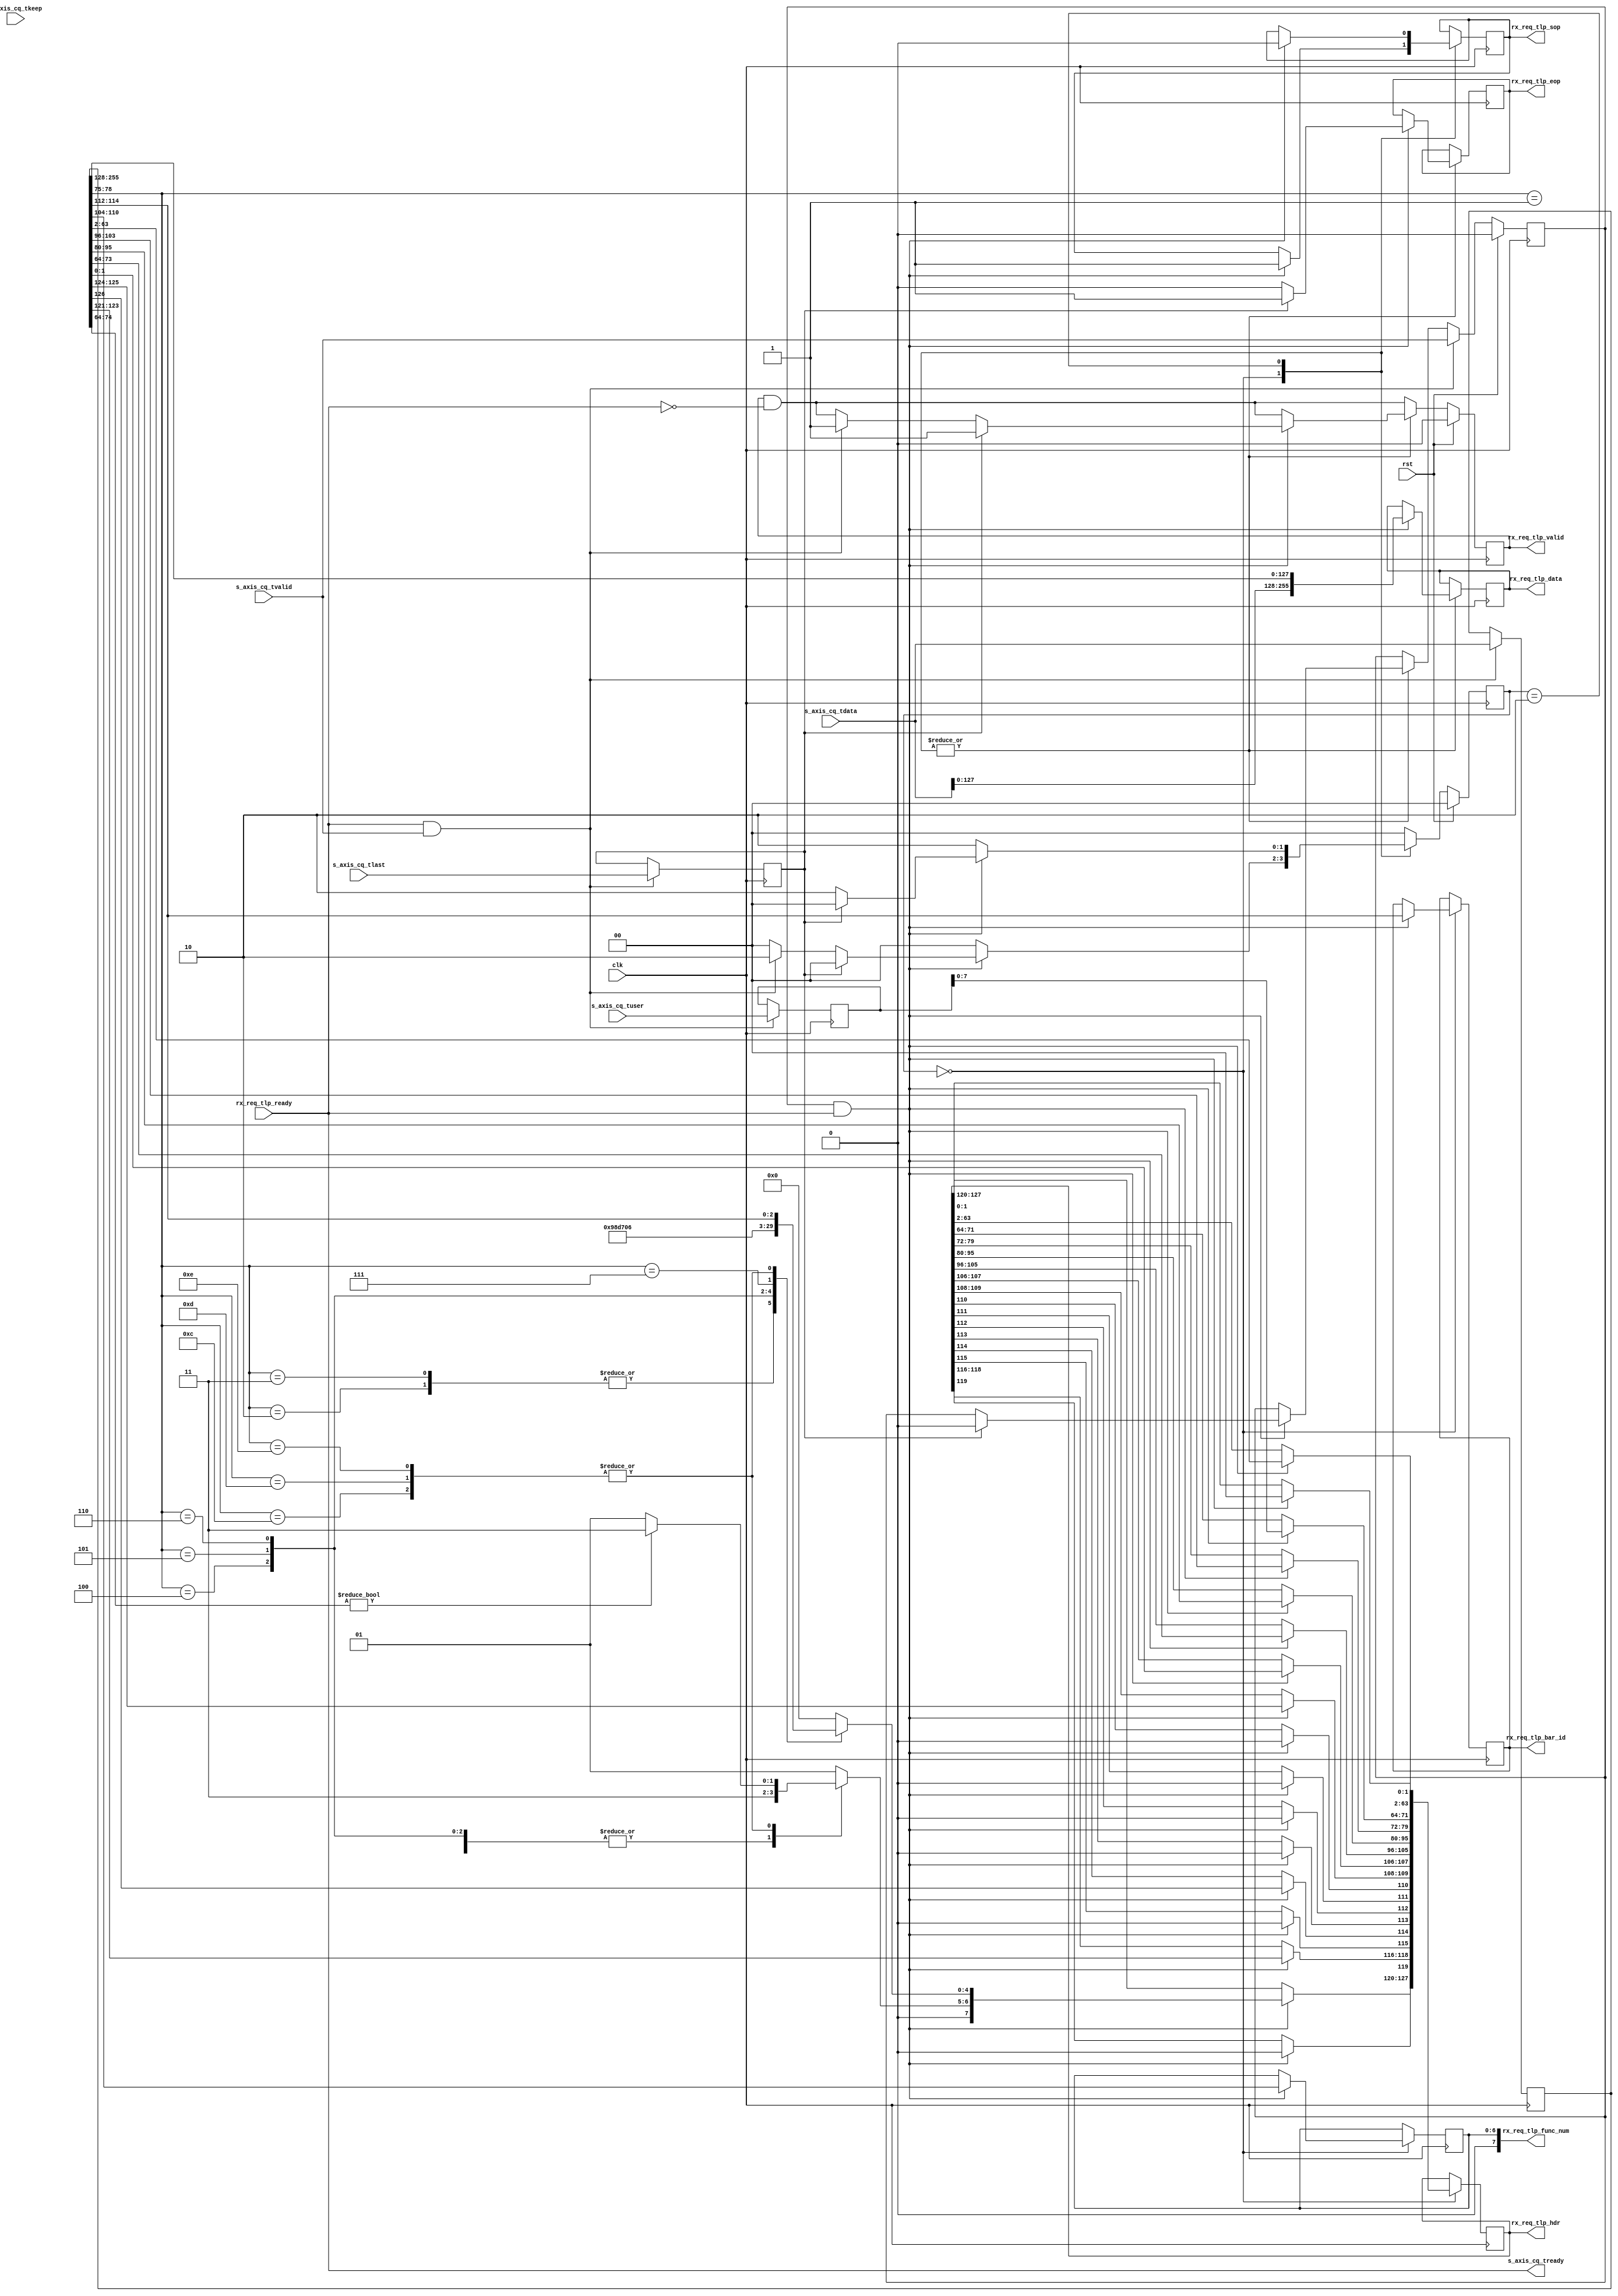
/*

Copyright (c) 2021 Alex Forencich

Permission is hereby granted, free of charge, to any person obtaining a copy
of this software and associated documentation files (the "Software"), to deal
in the Software without restriction, including without limitation the rights
to use, copy, modify, merge, publish, distribute, sublicense, and/or sell
copies of the Software, and to permit persons to whom the Software is
furnished to do so, subject to the following conditions:

The above copyright notice and this permission notice shall be included in
all copies or substantial portions of the Software.

THE SOFTWARE IS PROVIDED "AS IS", WITHOUT WARRANTY OF ANY KIND, EXPRESS OR
IMPLIED, INCLUDING BUT NOT LIMITED TO THE WARRANTIES OF MERCHANTABILITY
FITNESS FOR A PARTICULAR PURPOSE AND NONINFRINGEMENT. IN NO EVENT SHALL THE
AUTHORS OR COPYRIGHT HOLDERS BE LIABLE FOR ANY CLAIM, DAMAGES OR OTHER
LIABILITY, WHETHER IN AN ACTION OF CONTRACT, TORT OR OTHERWISE, ARISING FROM,
OUT OF OR IN CONNECTION WITH THE SOFTWARE OR THE USE OR OTHER DEALINGS IN
THE SOFTWARE.

*/

// Language: Verilog 2001

`resetall
`timescale 1ns / 1ps
`default_nettype none

/*
 * Xilinx UltraScale PCIe interface adapter (Completer reQuest)
 */
module pcie_us_if_cq #
(
    // Width of PCIe AXI stream interfaces in bits
    parameter AXIS_PCIE_DATA_WIDTH = 256,
    // PCIe AXI stream tkeep signal width (words per cycle)
    parameter AXIS_PCIE_KEEP_WIDTH = (AXIS_PCIE_DATA_WIDTH/32),
    // PCIe AXI stream CQ tuser signal width
    parameter AXIS_PCIE_CQ_USER_WIDTH = AXIS_PCIE_DATA_WIDTH < 512 ? 85 : 183,
    // TLP segment count
    parameter TLP_SEG_COUNT = 1,
    // TLP segment data width
    parameter TLP_SEG_DATA_WIDTH = AXIS_PCIE_DATA_WIDTH/TLP_SEG_COUNT,
    // TLP segment strobe width
    parameter TLP_SEG_STRB_WIDTH = TLP_SEG_DATA_WIDTH/32,
    // TLP segment header width
    parameter TLP_SEG_HDR_WIDTH = 128
)
(
    input  wire                                         clk,
    input  wire                                         rst,

    /*
     * AXI input (CQ)
     */
    input  wire [AXIS_PCIE_DATA_WIDTH-1:0]              s_axis_cq_tdata,
    input  wire [AXIS_PCIE_KEEP_WIDTH-1:0]              s_axis_cq_tkeep,
    input  wire                                         s_axis_cq_tvalid,
    output wire                                         s_axis_cq_tready,
    input  wire                                         s_axis_cq_tlast,
    input  wire [AXIS_PCIE_CQ_USER_WIDTH-1:0]           s_axis_cq_tuser,

    /*
     * TLP output (request to BAR)
     */
    output wire [TLP_SEG_COUNT*TLP_SEG_DATA_WIDTH-1:0]  rx_req_tlp_data,
    output wire [TLP_SEG_COUNT*TLP_SEG_HDR_WIDTH-1:0]   rx_req_tlp_hdr,
    output wire [TLP_SEG_COUNT*3-1:0]                   rx_req_tlp_bar_id,
    output wire [TLP_SEG_COUNT*8-1:0]                   rx_req_tlp_func_num,
    output wire [TLP_SEG_COUNT-1:0]                     rx_req_tlp_valid,
    output wire [TLP_SEG_COUNT-1:0]                     rx_req_tlp_sop,
    output wire [TLP_SEG_COUNT-1:0]                     rx_req_tlp_eop,
    input  wire                                         rx_req_tlp_ready
);

parameter TLP_DATA_WIDTH = TLP_SEG_COUNT*TLP_SEG_DATA_WIDTH;
parameter TLP_STRB_WIDTH = TLP_SEG_COUNT*TLP_SEG_STRB_WIDTH;
parameter TLP_DATA_WIDTH_BYTES = TLP_DATA_WIDTH/8;
parameter TLP_DATA_WIDTH_DWORDS = TLP_DATA_WIDTH/32;

parameter OUTPUT_FIFO_ADDR_WIDTH = 5;

// bus width assertions
initial begin
    if (AXIS_PCIE_DATA_WIDTH != 64 && AXIS_PCIE_DATA_WIDTH != 128 && AXIS_PCIE_DATA_WIDTH != 256 && AXIS_PCIE_DATA_WIDTH != 512) begin
        $error("Error: PCIe interface width must be 64, 128, 256, or 512 (instance %m)");
        $finish;
    end

    if (AXIS_PCIE_KEEP_WIDTH * 32 != AXIS_PCIE_DATA_WIDTH) begin
        $error("Error: PCIe interface requires dword (32-bit) granularity (instance %m)");
        $finish;
    end

    if (AXIS_PCIE_DATA_WIDTH == 512) begin
        if (AXIS_PCIE_CQ_USER_WIDTH != 183) begin
            $error("Error: PCIe CQ tuser width must be 183 (instance %m)");
            $finish;
        end
    end else begin
        if (AXIS_PCIE_CQ_USER_WIDTH != 85 && AXIS_PCIE_CQ_USER_WIDTH != 88) begin
            $error("Error: PCIe CQ tuser width must be 85 or 88 (instance %m)");
            $finish;
        end
    end

    if (TLP_SEG_COUNT != 1) begin
        $error("Error: TLP segment count must be 1 (instance %m)");
        $finish;
    end

    if (TLP_SEG_COUNT*TLP_SEG_DATA_WIDTH != AXIS_PCIE_DATA_WIDTH) begin
        $error("Error: Interface widths must match (instance %m)");
        $finish;
    end

    if (TLP_SEG_HDR_WIDTH != 128) begin
        $error("Error: TLP segment header width must be 128 (instance %m)");
        $finish;
    end
end

localparam [2:0]
    TLP_FMT_3DW = 3'b000,
    TLP_FMT_4DW = 3'b001,
    TLP_FMT_3DW_DATA = 3'b010,
    TLP_FMT_4DW_DATA = 3'b011,
    TLP_FMT_PREFIX = 3'b100;

localparam [3:0]
    REQ_MEM_READ = 4'b0000,
    REQ_MEM_WRITE = 4'b0001,
    REQ_IO_READ = 4'b0010,
    REQ_IO_WRITE = 4'b0011,
    REQ_MEM_FETCH_ADD = 4'b0100,
    REQ_MEM_SWAP = 4'b0101,
    REQ_MEM_CAS = 4'b0110,
    REQ_MEM_READ_LOCKED = 4'b0111,
    REQ_CFG_READ_0 = 4'b1000,
    REQ_CFG_READ_1 = 4'b1001,
    REQ_CFG_WRITE_0 = 4'b1010,
    REQ_CFG_WRITE_1 = 4'b1011,
    REQ_MSG = 4'b1100,
    REQ_MSG_VENDOR = 4'b1101,
    REQ_MSG_ATS = 4'b1110;

reg [TLP_SEG_COUNT*TLP_SEG_DATA_WIDTH-1:0] rx_req_tlp_data_reg = 0, rx_req_tlp_data_next;
reg [TLP_SEG_COUNT*TLP_SEG_HDR_WIDTH-1:0] rx_req_tlp_hdr_reg = 0, rx_req_tlp_hdr_next;
reg [TLP_SEG_COUNT*3-1:0] rx_req_tlp_bar_id_reg = 0, rx_req_tlp_bar_id_next;
reg [TLP_SEG_COUNT*7-1:0] rx_req_tlp_func_num_reg = 0, rx_req_tlp_func_num_next;
reg [TLP_SEG_COUNT-1:0] rx_req_tlp_valid_reg = 0, rx_req_tlp_valid_next;
reg [TLP_SEG_COUNT-1:0] rx_req_tlp_sop_reg = 0, rx_req_tlp_sop_next;
reg [TLP_SEG_COUNT-1:0] rx_req_tlp_eop_reg = 0, rx_req_tlp_eop_next;

assign rx_req_tlp_data = rx_req_tlp_data_reg;
assign rx_req_tlp_hdr = rx_req_tlp_hdr_reg;
assign rx_req_tlp_bar_id = rx_req_tlp_bar_id_reg;
assign rx_req_tlp_func_num = rx_req_tlp_func_num_reg;
assign rx_req_tlp_valid = rx_req_tlp_valid_reg;
assign rx_req_tlp_sop = rx_req_tlp_sop_reg;
assign rx_req_tlp_eop = rx_req_tlp_eop_reg;

localparam [1:0]
    TLP_INPUT_STATE_IDLE = 2'd0,
    TLP_INPUT_STATE_HEADER = 2'd1,
    TLP_INPUT_STATE_PAYLOAD = 2'd2;

reg [1:0] tlp_input_state_reg = TLP_INPUT_STATE_IDLE, tlp_input_state_next;

reg s_axis_cq_tready_cmb;

reg tlp_input_frame_reg = 1'b0, tlp_input_frame_next;

reg [AXIS_PCIE_DATA_WIDTH-1:0] cq_tdata_int_reg = {AXIS_PCIE_DATA_WIDTH{1'b0}}, cq_tdata_int_next;
reg cq_tvalid_int_reg = 1'b0, cq_tvalid_int_next;
reg cq_tlast_int_reg = 1'b0, cq_tlast_int_next;
reg [AXIS_PCIE_CQ_USER_WIDTH-1:0] cq_tuser_int_reg = {AXIS_PCIE_CQ_USER_WIDTH{1'b0}}, cq_tuser_int_next;

wire [AXIS_PCIE_DATA_WIDTH*2-1:0] cq_tdata = {s_axis_cq_tdata, cq_tdata_int_reg};

assign s_axis_cq_tready = s_axis_cq_tready_cmb;

always @* begin
    tlp_input_state_next = TLP_INPUT_STATE_IDLE;

    rx_req_tlp_data_next = rx_req_tlp_data_reg;
    rx_req_tlp_hdr_next = rx_req_tlp_hdr_reg;
    rx_req_tlp_bar_id_next = rx_req_tlp_bar_id_reg;
    rx_req_tlp_func_num_next = rx_req_tlp_func_num_reg;
    rx_req_tlp_valid_next = rx_req_tlp_valid_reg && !rx_req_tlp_ready;
    rx_req_tlp_sop_next = rx_req_tlp_sop_reg;
    rx_req_tlp_eop_next = rx_req_tlp_eop_reg;

    s_axis_cq_tready_cmb = rx_req_tlp_ready;

    tlp_input_frame_next = tlp_input_frame_reg;

    cq_tdata_int_next = cq_tdata_int_reg;
    cq_tvalid_int_next = cq_tvalid_int_reg;
    cq_tlast_int_next = cq_tlast_int_reg;
    cq_tuser_int_next = cq_tuser_int_reg;

    case (tlp_input_state_reg)
        TLP_INPUT_STATE_IDLE: begin
            s_axis_cq_tready_cmb = rx_req_tlp_ready;

            if (cq_tvalid_int_reg && rx_req_tlp_ready) begin
                // DW 0
                case (cq_tdata[78:75])
                    REQ_MEM_READ: begin
                        rx_req_tlp_hdr_next[127:125] = TLP_FMT_4DW; // fmt
                        rx_req_tlp_hdr_next[124:120] = {5'b00000}; // type
                    end
                    REQ_MEM_WRITE: begin
                        rx_req_tlp_hdr_next[127:125] = TLP_FMT_4DW_DATA; // fmt
                        rx_req_tlp_hdr_next[124:120] = {5'b00000}; // type
                    end
                    REQ_IO_READ: begin
                        rx_req_tlp_hdr_next[127:125] = TLP_FMT_4DW; // fmt
                        rx_req_tlp_hdr_next[124:120] = {5'b00010}; // type
                    end
                    REQ_IO_WRITE: begin
                        rx_req_tlp_hdr_next[127:125] = TLP_FMT_4DW_DATA; // fmt
                        rx_req_tlp_hdr_next[124:120] = {5'b00010}; // type
                    end
                    REQ_MEM_FETCH_ADD: begin
                        rx_req_tlp_hdr_next[127:125] = TLP_FMT_4DW_DATA; // fmt
                        rx_req_tlp_hdr_next[124:120] = {5'b01100}; // type
                    end
                    REQ_MEM_SWAP: begin
                        rx_req_tlp_hdr_next[127:125] = TLP_FMT_4DW_DATA; // fmt
                        rx_req_tlp_hdr_next[124:120] = {5'b01101}; // type
                    end
                    REQ_MEM_CAS: begin
                        rx_req_tlp_hdr_next[127:125] = TLP_FMT_4DW_DATA; // fmt
                        rx_req_tlp_hdr_next[124:120] = {5'b01110}; // type
                    end
                    REQ_MEM_READ_LOCKED: begin
                        rx_req_tlp_hdr_next[127:125] = TLP_FMT_4DW; // fmt
                        rx_req_tlp_hdr_next[124:120] = {5'b00001}; // type
                    end
                    REQ_MSG: begin
                        if (cq_tdata[74:64]) begin
                            rx_req_tlp_hdr_next[127:125] = TLP_FMT_4DW_DATA; // fmt
                        end else begin
                            rx_req_tlp_hdr_next[127:125] = TLP_FMT_4DW; // fmt
                        end
                        rx_req_tlp_hdr_next[124:120] = {2'b10, cq_tdata[114:112]}; // type
                    end
                    REQ_MSG_VENDOR: begin
                        if (cq_tdata[74:64]) begin
                            rx_req_tlp_hdr_next[127:125] = TLP_FMT_4DW_DATA; // fmt
                        end else begin
                            rx_req_tlp_hdr_next[127:125] = TLP_FMT_4DW; // fmt
                        end
                        rx_req_tlp_hdr_next[124:120] = {2'b10, cq_tdata[114:112]}; // type
                    end
                    REQ_MSG_ATS: begin
                        if (cq_tdata[74:64]) begin
                            rx_req_tlp_hdr_next[127:125] = TLP_FMT_4DW_DATA; // fmt
                        end else begin
                            rx_req_tlp_hdr_next[127:125] = TLP_FMT_4DW; // fmt
                        end
                        rx_req_tlp_hdr_next[124:120] = {2'b10, cq_tdata[114:112]}; // type
                    end
                    default: begin
                        rx_req_tlp_hdr_next[127:125] = TLP_FMT_4DW; // fmt
                        rx_req_tlp_hdr_next[124:120] = {5'b00000}; // type
                    end
                endcase
                rx_req_tlp_hdr_next[119] = 1'b0; // T9
                rx_req_tlp_hdr_next[118:116] = cq_tdata[123:121]; // TC
                rx_req_tlp_hdr_next[115] = 1'b0; // T8
                rx_req_tlp_hdr_next[114] = cq_tdata[126]; // attr
                rx_req_tlp_hdr_next[113] = 1'b0; // LN
                rx_req_tlp_hdr_next[112] = 1'b0; // TH
                rx_req_tlp_hdr_next[111] = 1'b0; // TD
                rx_req_tlp_hdr_next[110] = 1'b0; // EP
                rx_req_tlp_hdr_next[109:108] = cq_tdata[125:124]; // attr
                rx_req_tlp_hdr_next[107:106] = cq_tdata[1:0]; // AT
                rx_req_tlp_hdr_next[105:96] = cq_tdata[74:64]; // length
                // DW 1
                rx_req_tlp_hdr_next[95:80] = cq_tdata[95:80]; // requester ID
                rx_req_tlp_hdr_next[79:72] = cq_tdata[103:96]; // tag
                if (AXIS_PCIE_DATA_WIDTH == 512) begin
                    rx_req_tlp_hdr_next[71:68] = cq_tuser_int_reg[11:8]; // last BE
                    rx_req_tlp_hdr_next[67:64] = cq_tuser_int_reg[3:0]; // first BE
                end else begin
                    rx_req_tlp_hdr_next[71:68] = cq_tuser_int_reg[7:4]; // last BE
                    rx_req_tlp_hdr_next[67:64] = cq_tuser_int_reg[3:0]; // first BE
                end
                // DW 2+3
                rx_req_tlp_hdr_next[63:2] = cq_tdata[63:2]; // address
                rx_req_tlp_hdr_next[1:0] = 2'b00; // PH

                rx_req_tlp_bar_id_next = cq_tdata[114:112];
                rx_req_tlp_func_num_next = cq_tdata[111:104];

                if (AXIS_PCIE_DATA_WIDTH > 64) begin
                    rx_req_tlp_data_next = cq_tdata[AXIS_PCIE_DATA_WIDTH+128-1:128];
                    rx_req_tlp_sop_next = 1'b1;
                    rx_req_tlp_eop_next = 1'b0;

                    tlp_input_frame_next = 1'b1;

                    if (cq_tlast_int_reg) begin
                        rx_req_tlp_valid_next = 1'b1;
                        rx_req_tlp_eop_next = 1'b1;
                        cq_tvalid_int_next = 1'b0;
                        tlp_input_frame_next = 1'b0;
                        tlp_input_state_next = TLP_INPUT_STATE_IDLE;
                    end else if (s_axis_cq_tready && s_axis_cq_tvalid) begin
                        rx_req_tlp_valid_next = 1'b1;
                        tlp_input_state_next = TLP_INPUT_STATE_PAYLOAD;
                    end else begin
                        tlp_input_state_next = TLP_INPUT_STATE_IDLE;
                    end
                end else begin
                    if (cq_tlast_int_reg) begin
                        cq_tvalid_int_next = 1'b0;
                        tlp_input_frame_next = 1'b0;
                        tlp_input_state_next = TLP_INPUT_STATE_IDLE;
                    end else if (s_axis_cq_tready && s_axis_cq_tvalid) begin
                        tlp_input_state_next = TLP_INPUT_STATE_PAYLOAD;
                    end else begin
                        tlp_input_state_next = TLP_INPUT_STATE_IDLE;
                    end
                end
            end else begin
                tlp_input_state_next = TLP_INPUT_STATE_IDLE;
            end
        end
        TLP_INPUT_STATE_PAYLOAD: begin
            s_axis_cq_tready_cmb = rx_req_tlp_ready;

            if (cq_tvalid_int_reg && rx_req_tlp_ready) begin

                if (AXIS_PCIE_DATA_WIDTH > 128) begin
                    rx_req_tlp_data_next = cq_tdata[AXIS_PCIE_DATA_WIDTH+128-1:128];
                    rx_req_tlp_sop_next = 1'b0;
                end else begin
                    rx_req_tlp_data_next = s_axis_cq_tdata;
                    rx_req_tlp_sop_next = !tlp_input_frame_reg;
                end
                rx_req_tlp_eop_next = 1'b0;

                if (cq_tlast_int_reg) begin
                    rx_req_tlp_valid_next = 1'b1;
                    rx_req_tlp_eop_next = 1'b1;
                    cq_tvalid_int_next = 1'b0;
                    tlp_input_frame_next = 1'b0;
                    tlp_input_state_next = TLP_INPUT_STATE_IDLE;
                end else if (s_axis_cq_tready && s_axis_cq_tvalid) begin
                    rx_req_tlp_valid_next = 1'b1;
                    tlp_input_frame_next = 1'b1;
                    tlp_input_state_next = TLP_INPUT_STATE_PAYLOAD;
                end else begin
                    tlp_input_state_next = TLP_INPUT_STATE_PAYLOAD;
                end
            end else begin
                tlp_input_state_next = TLP_INPUT_STATE_PAYLOAD;
            end
        end
    endcase

    if (s_axis_cq_tready && s_axis_cq_tvalid) begin
        cq_tdata_int_next = s_axis_cq_tdata;
        cq_tvalid_int_next = s_axis_cq_tvalid;
        cq_tlast_int_next = s_axis_cq_tlast;
        cq_tuser_int_next = s_axis_cq_tuser;
    end
end

always @(posedge clk) begin
    tlp_input_state_reg <= tlp_input_state_next;

    rx_req_tlp_data_reg <= rx_req_tlp_data_next;
    rx_req_tlp_hdr_reg <= rx_req_tlp_hdr_next;
    rx_req_tlp_bar_id_reg <= rx_req_tlp_bar_id_next;
    rx_req_tlp_func_num_reg <= rx_req_tlp_func_num_next;
    rx_req_tlp_valid_reg <= rx_req_tlp_valid_next;
    rx_req_tlp_sop_reg <= rx_req_tlp_sop_next;
    rx_req_tlp_eop_reg <= rx_req_tlp_eop_next;

    tlp_input_frame_reg <= tlp_input_frame_next;

    cq_tdata_int_reg <= cq_tdata_int_next;
    cq_tvalid_int_reg <= cq_tvalid_int_next;
    cq_tlast_int_reg <= cq_tlast_int_next;
    cq_tuser_int_reg <= cq_tuser_int_next;

    if (rst) begin
        tlp_input_state_reg <= TLP_INPUT_STATE_IDLE;

        rx_req_tlp_valid_reg <= 0;

        cq_tvalid_int_reg <= 1'b0;
    end
end

endmodule

`resetall